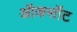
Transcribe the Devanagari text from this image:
ऑकसॉट